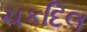
ચકદિલ